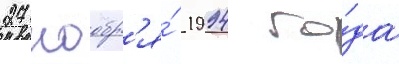
27 ноабр'я́ 1994 го́да